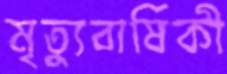
মৃত্যুবার্ষিকী